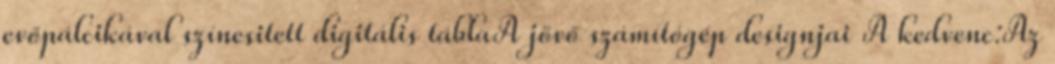
evőpálcikával színesitett digitális táblaA jövő számítógép designjai A kedvenc:Az